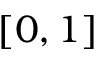
[ 0 , 1 ]